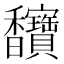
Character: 𫘄